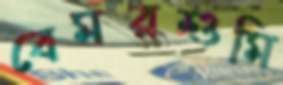
বেমরশুমি